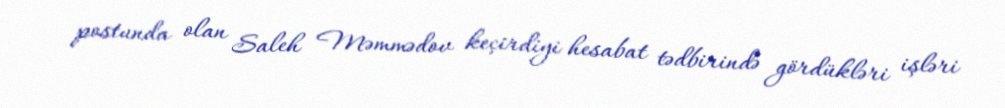
postunda olan Saleh Məmmədov keçirdiyi hesabat tədbirində gördükləri işləri